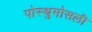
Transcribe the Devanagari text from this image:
पोस्थुमोसली